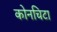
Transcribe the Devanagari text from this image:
कोनचिटा